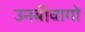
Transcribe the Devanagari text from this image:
उनबीवागो